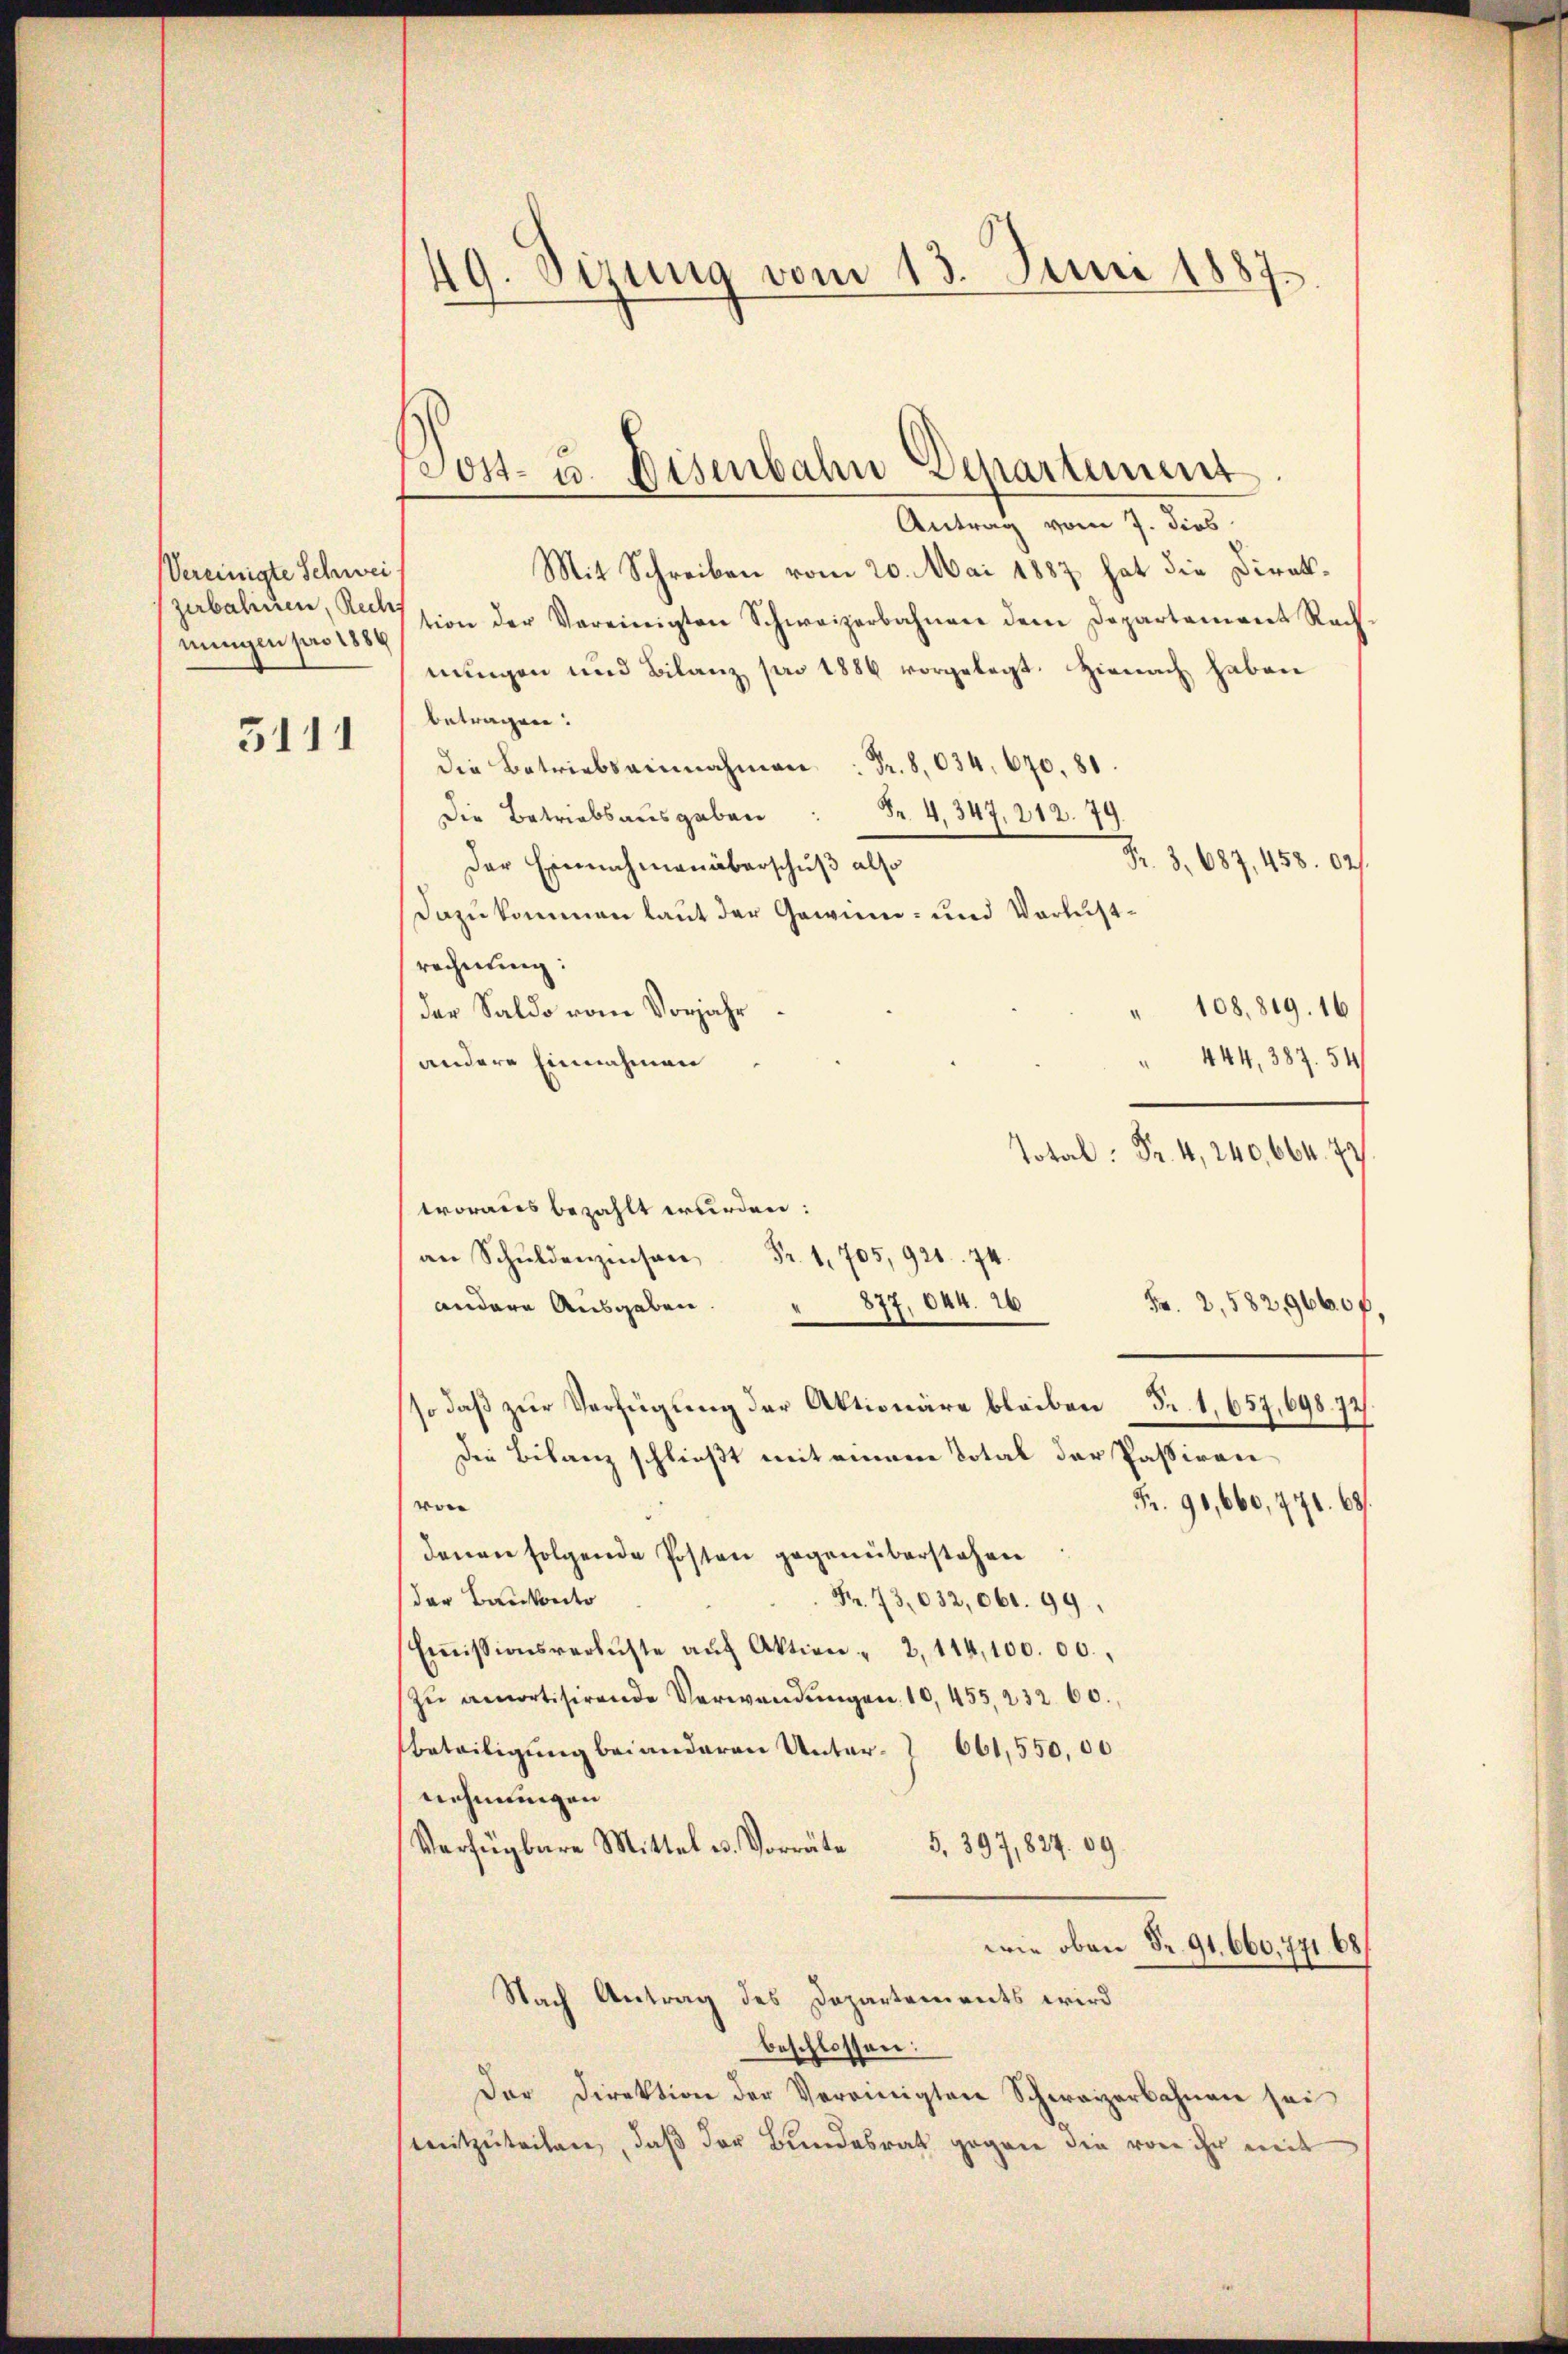
Vereinigte Schwei
zubahnen, Rech
nungen pro 1886

5111

49. Sizung vom 13. Juni 1887.

poost- u. Bisenbahn Departement.
Antrag vom 7. dies

Mit Schreiben vom 20. Mai 1887 hat die Direktion der Vereinigten Schweizerbahnen dem Departament Rach-
nungen und Bilanz pro 1886 vorgelegt. Hienach haben
betragen.
die Betriebsainnahmen: Fr. 8,034. 670. 81.
Fr. 4. 347. 212. 79.
Die Betriebsausgaben
Fr. 3. 687, 458. 02).
Der Einnahmen überschuß also
Dazu kommen laut der Gewinn- und Verlustrechnung:
108,819. 16
der Saldo vom Vorjahr
 444, 387. 54
andere Einnahmen
Total Fr. 4, 240, 664. 77.
tvoraus bezahlt wurden:
.94
andere Ausgaben.
Fr. 2,582,9660 f.
so daß zur Verfügung der Aktionäre bleiben – Fr. 1, 657, 698. 72
Die Bilanz schließt mit einem Total der Passiren
Fr. 90,660, 771. 68.
vor
denen folgende Posten gegenüberstehen
der Bankonto
Fr. 73,032, 061. 99
Emissionsverluste aŭf Aktion " 2, 114,100. 00.
Zŭ amortisirende Verwendŭngen 10, 455, 232. 60.
Beteiligung bei anderen Unter- 661,550,00
nehmungen
Verfügbare Mittel u. Vorräte
5. 397,827. 09.
wie oben Fr. 91. 660,771. 68
Nach Antrag des Departements wird
beschlossen:
Der Direktion der Vereinigten Schweizerbahnen sei
mitzuteilen, daß der Bundesrat gegen die von ihr mit

877, 044. 16